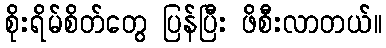
စိုးရိမ်စိတ်တွေ ပြန်ပြီး ဖိစီးလာတယ်။